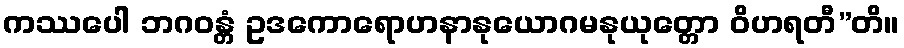
ကဿပေါ ဘဂဝန္တံ ဥဒကောရောဟနာနုယောဂမနုယုတ္တော ဝိဟရတီ”တိ။